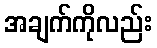
အချက်ကိုလည်း